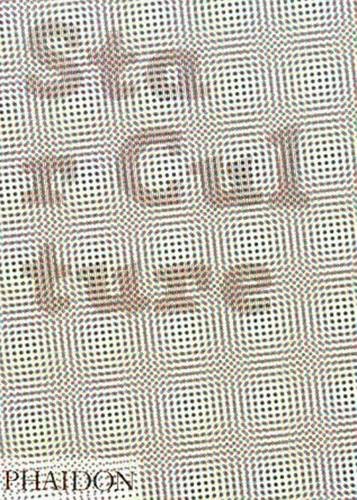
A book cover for Star Culture: The Dazed and Confused Collected Interviews; Dazed & Confused Magazine; Humor & Entertainment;